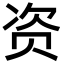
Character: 资